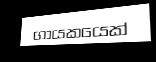
ගායකයෙක්